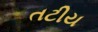
તટીય